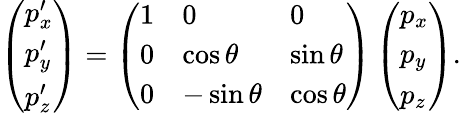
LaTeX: \left(\begin{array}{l}{p_{x}^{\prime}}\\ {p_{y}^{\prime}}\\ {p_{z}^{\prime}}\end{array}\right)=\left(\begin{array}{lll}{1}&{0}&{0}\\ {0}&{\cos\theta}&{\sin\theta}\\ {0}&{-\sin\theta}&{\cos\theta}\end{array}\right)\left(\begin{array}{l}{p_{x}}\\ {p_{y}}\\ {p_{z}}\end{array}\right).